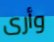
وأرى